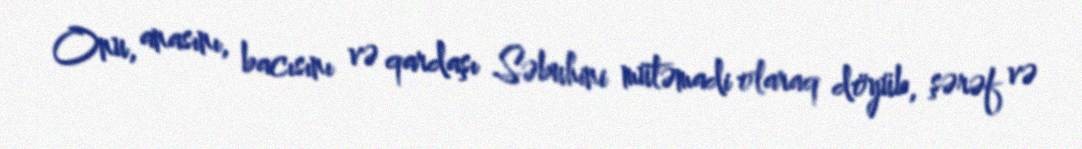
Onu, anasını, bacısını və qardaşı Səbuhini mütəmadi olaraq döyüb, şərəf və